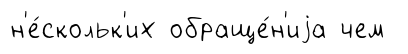
н'е́скольк'их обраще́н'иjа чем